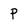
Character: p